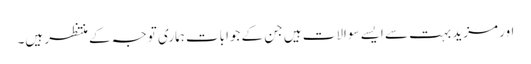
اور مزید بہت سے ایسے سوالات ہیں جن کے جوابات ہماری توجہ کے منتظر ہیں۔